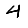
Digit: 4